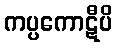
ကပ္ပကောဋီပိ